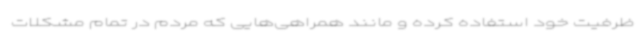
ظرفیت خود استفاده کرده و مانند همراهی‌هایی که مردم در تمام مشکلات